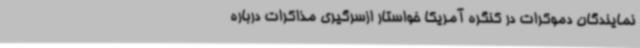
نمایندگان دموکرات در کنگره آمریکا خواستار ازسرگیری مذاکرات درباره